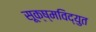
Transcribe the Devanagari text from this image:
सूक्ष्मविद्युत